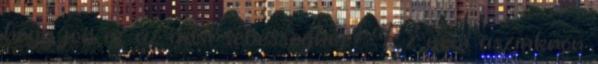
hogy jon ez az adsl sebesseghez? Ez nem aszinkron